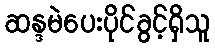
ဆန္ဒမဲပေးပိုင်ခွင့်ရှိသူ